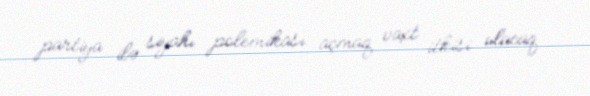
partiya ilə siyahı polemikası açmaq vaxt itkisi olacaq.